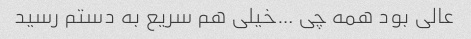
عالی بود همه چی …خیلی هم سریع به دستم رسید